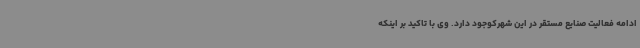
ادامه فعالیت صنایع مستقر در این شهرکوجود دارد. وی با تاکید بر اینکه